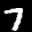
Label: 7